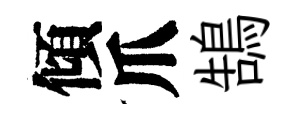
傾爪鵠